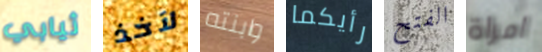
ثيابي لآخذ وابنته رأيكما الفتح امراة